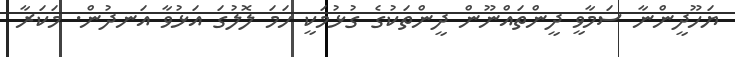
ޔަހޫދީންނާ ސަމާވީ ދީންތައްނޫން ދީންތަކުގެ ގުޅުމަކީ ހަމަ ލޮލުގަ އަޅުވާ އަނދުން. މަކަރާ